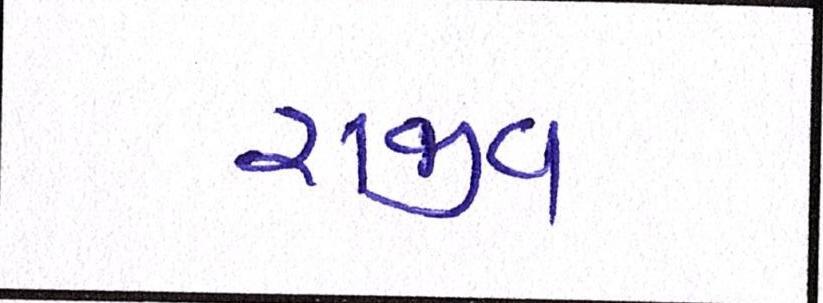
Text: રાજીવ